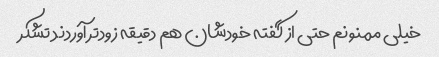
خیلی ممنونم حتی از گفته خودشان هم دقیقه زودتر آوردند تشکر